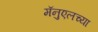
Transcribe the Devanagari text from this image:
मॅनुएलच्या